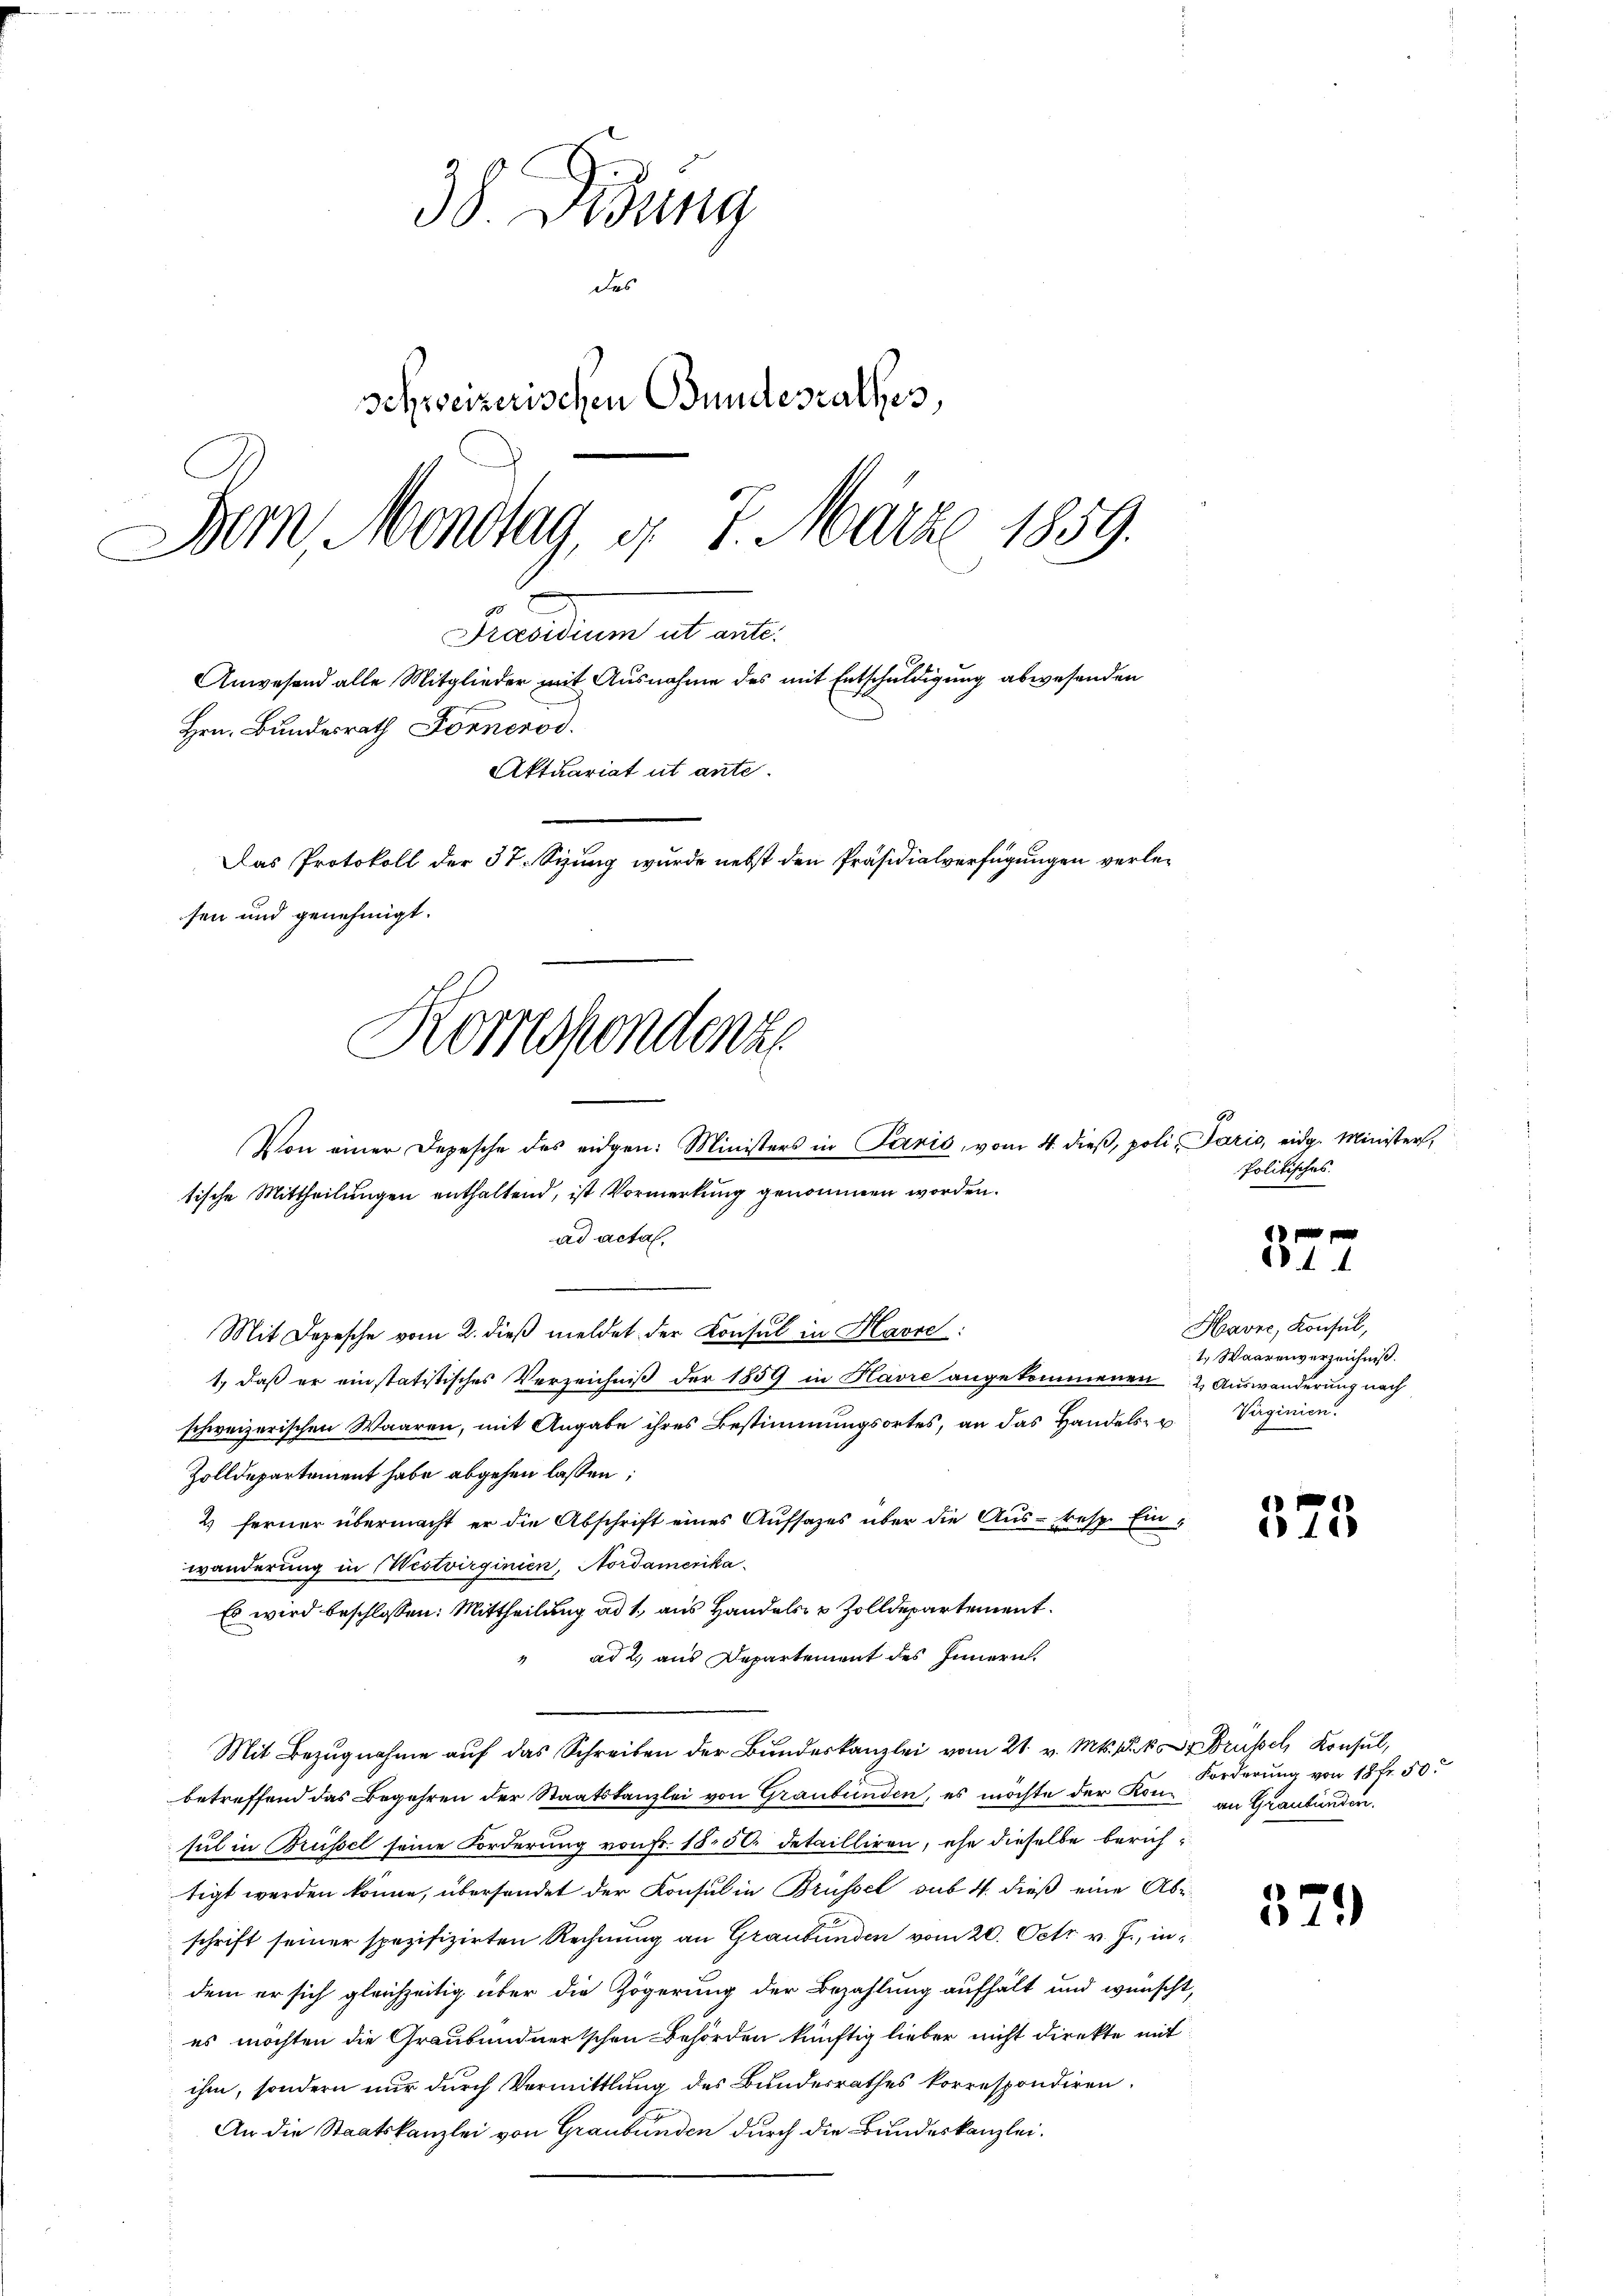
38. Didung
des
schweizerischen Bundesrathes,
Bern, Mondtag, d. 7. März 1859.
Präsidium ut ante.
Anwesend alle Mitglieder mit Ausnahme des mit Entschuldigung abwesenden
Hrn. Bundesrath Fornerod.
Aktuariat ut ante.
Das Protokoll der 37. Sizung wurde nebst den Präsidialverfügungen verlesen und genehmigt.

Komspondenz
tische Mittheilungen enthaltend, ist Vormerkung genommen worden.
ad acta,

Mit Depesche vom 2. dieβ meldet der Konsul in Havre:
1., daß er einstatistisches Verzeichniß der 1859 in Havre angekommenen 2. Auswanderung nach
schweizerischen Waaren, mit Angabe ihres Bestimmungsortes, an das Handels- u Virginien.
Zolldepartement habe abgehen lassen;
2) ferner übermacht er die Abschrift eines Aufsazes über die Aus- resp. Einwanderung in Westvirginien, Nordamerika¬
Es wird beschlossen: Mittheilung ad 1., aus Handels- & Zolldepartement.
ad 2. aus Departement des Innern.
Mit Bezugnahme auf das Schreiben der Bundeskanzlei vom 21. v. Mts. Brüssel, Konsul,
betreffend das Begehren der Staatskanzlei von Graubünden, es möchte der Konsul in Brüssel seine Forderung von Fr. 1850 detailliren, ehe dieselbe berichtigt werden könne, übersendet der Konsul in Brüssel sub 4. dieß eine Ab-
schrift seiner spezifizirten Rechnung an Graubünden vom 20. Octr v. J., indem er sich gleichzeitig über die Zögerung der Bezahlung aufhält und wünscht,
es möchten die Graubündnertschen Behörden künftig lieber nicht direkte mit
ihm, sondern nur durch Vermittlung des Bundesrathes korrespondiren.
An die Staatskanzlei von Graubünden durch die Bundeskanzlei.

Von einer Depesche des eidgen: Ministers in Paris, vom 4. dieß, poli, Paris, eidg. Minister,

Politisches

Havre, Konsul,
1. Waarenverzeichniß.

Forderung von 18 fr. 50.
an Graubünden.

4

6
10

329)